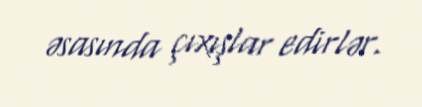
əsasında çıxışlar edirlər.